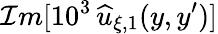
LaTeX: \mathcal{I}m[10^{3}\, \widehat{u}_{\xi,1}(y,y^{\prime})]